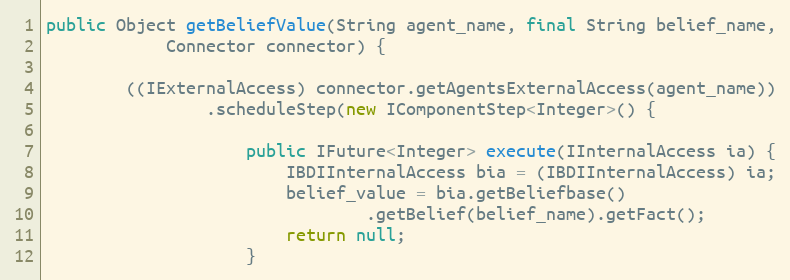
Language: Java
public Object getBeliefValue(String agent_name, final String belief_name,
            Connector connector) {

        ((IExternalAccess) connector.getAgentsExternalAccess(agent_name))
                .scheduleStep(new IComponentStep<Integer>() {

                    public IFuture<Integer> execute(IInternalAccess ia) {
                        IBDIInternalAccess bia = (IBDIInternalAccess) ia;
                        belief_value = bia.getBeliefbase()
                                .getBelief(belief_name).getFact();
                        return null;
                    }